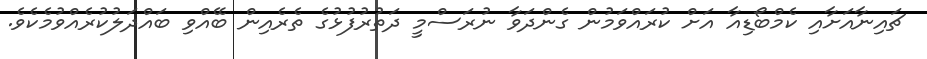
ޗައިނާއަށާއި ކެމްބޯޑިއާ އަށް ކުރައްވަމުން ގެންދަވާ ނުރަސްމީ ދަތުރުފުޅުގެ ތެރެއިން ބޭއްވި ބައްދަލުކުރެއްވުމެކެވެ.